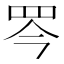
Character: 𦊃